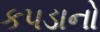
કપડાનો